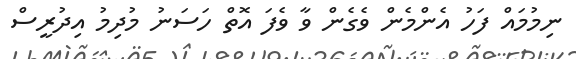
ނިމުމައް ފަހު އެންމެން ވެގެން ވާ ވެފަ އޮތް ހަސަނު މުދިމު އިދުރީސް